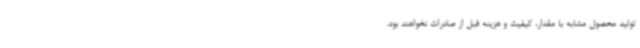
تولید محصول مشابه با مقدار، کیفیت و هزینه قبل از صادرات نخواهند بود.